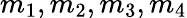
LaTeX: m_{1},m_{2},m_{3},m_{4}